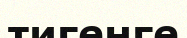
тигенге